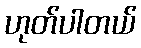
ဟုတ်ပါတယ်